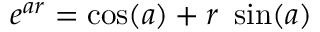
e ^ { a r } = \cos ( a ) + r \ \sin ( a )